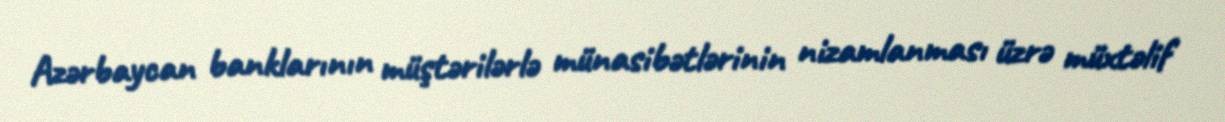
Azərbaycan banklarının müştərilərlə münasibətlərinin nizamlanması üzrə müxtəlif